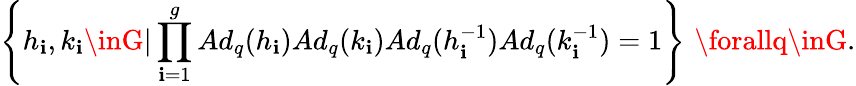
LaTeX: \left\{ h_{\mathbf{i}},k_{\mathbf{i}}\inG\vert\prod_{\mathbf{i}=1}^{g}Ad_{q}(h_{\mathbf{i}})Ad_{q}(k_{\mathbf{i}})Ad_{q}(h_{\mathbf{i}}^{-1})Ad_{q}(k_{\mathbf{i}}^{-1})=1\right\} \, \, \forallq\inG.